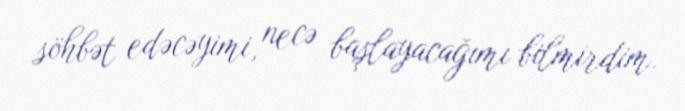
söhbət edəcəyimi, necə başlayacağımı bilmirdim.